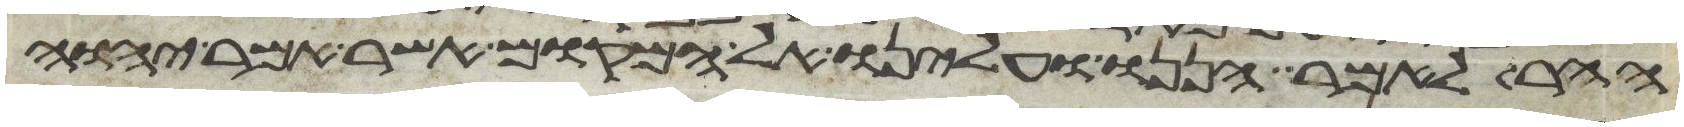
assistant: ההר לאמר הננו ועלינו אל המקום אשר אמר יהוה